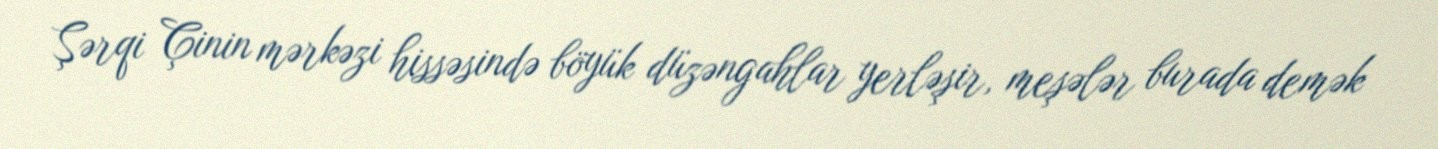
Şərqi Çinin mərkəzi hissəsində böyük düzəngahlar yerləşir, meşələr burada demək